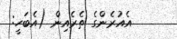
އެއުރެންގެ ތެރެއިން (އެބަހީ: